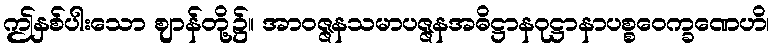
ဤနှစ်ပါးသော ဈာန်တို့၌။ အာဝဇ္ဇနသမာပဇ္ဇနအဓိဋ္ဌာနဝုဋ္ဌာနာပစ္စဝေက္ခဏေဟိ၊